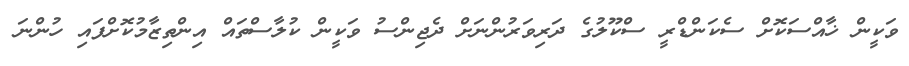
ވަކީން ޚާއްސަކޮށް ސެކަންޑްރީ ސްކޫލުގެ ދަރިވަރުންނަށް ދެޖިންސު ވަކީން ކުލާސްތައް އިންތިޒާމުކޮށްފައި ހުންނަ